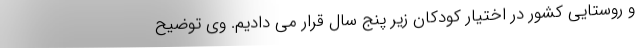
و روستایی کشور در اختیار کودکان زیر پنج سال قرار می دادیم. وی توضیح